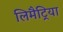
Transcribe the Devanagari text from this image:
लिमैट्रिया